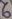
Text: 6